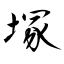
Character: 塚